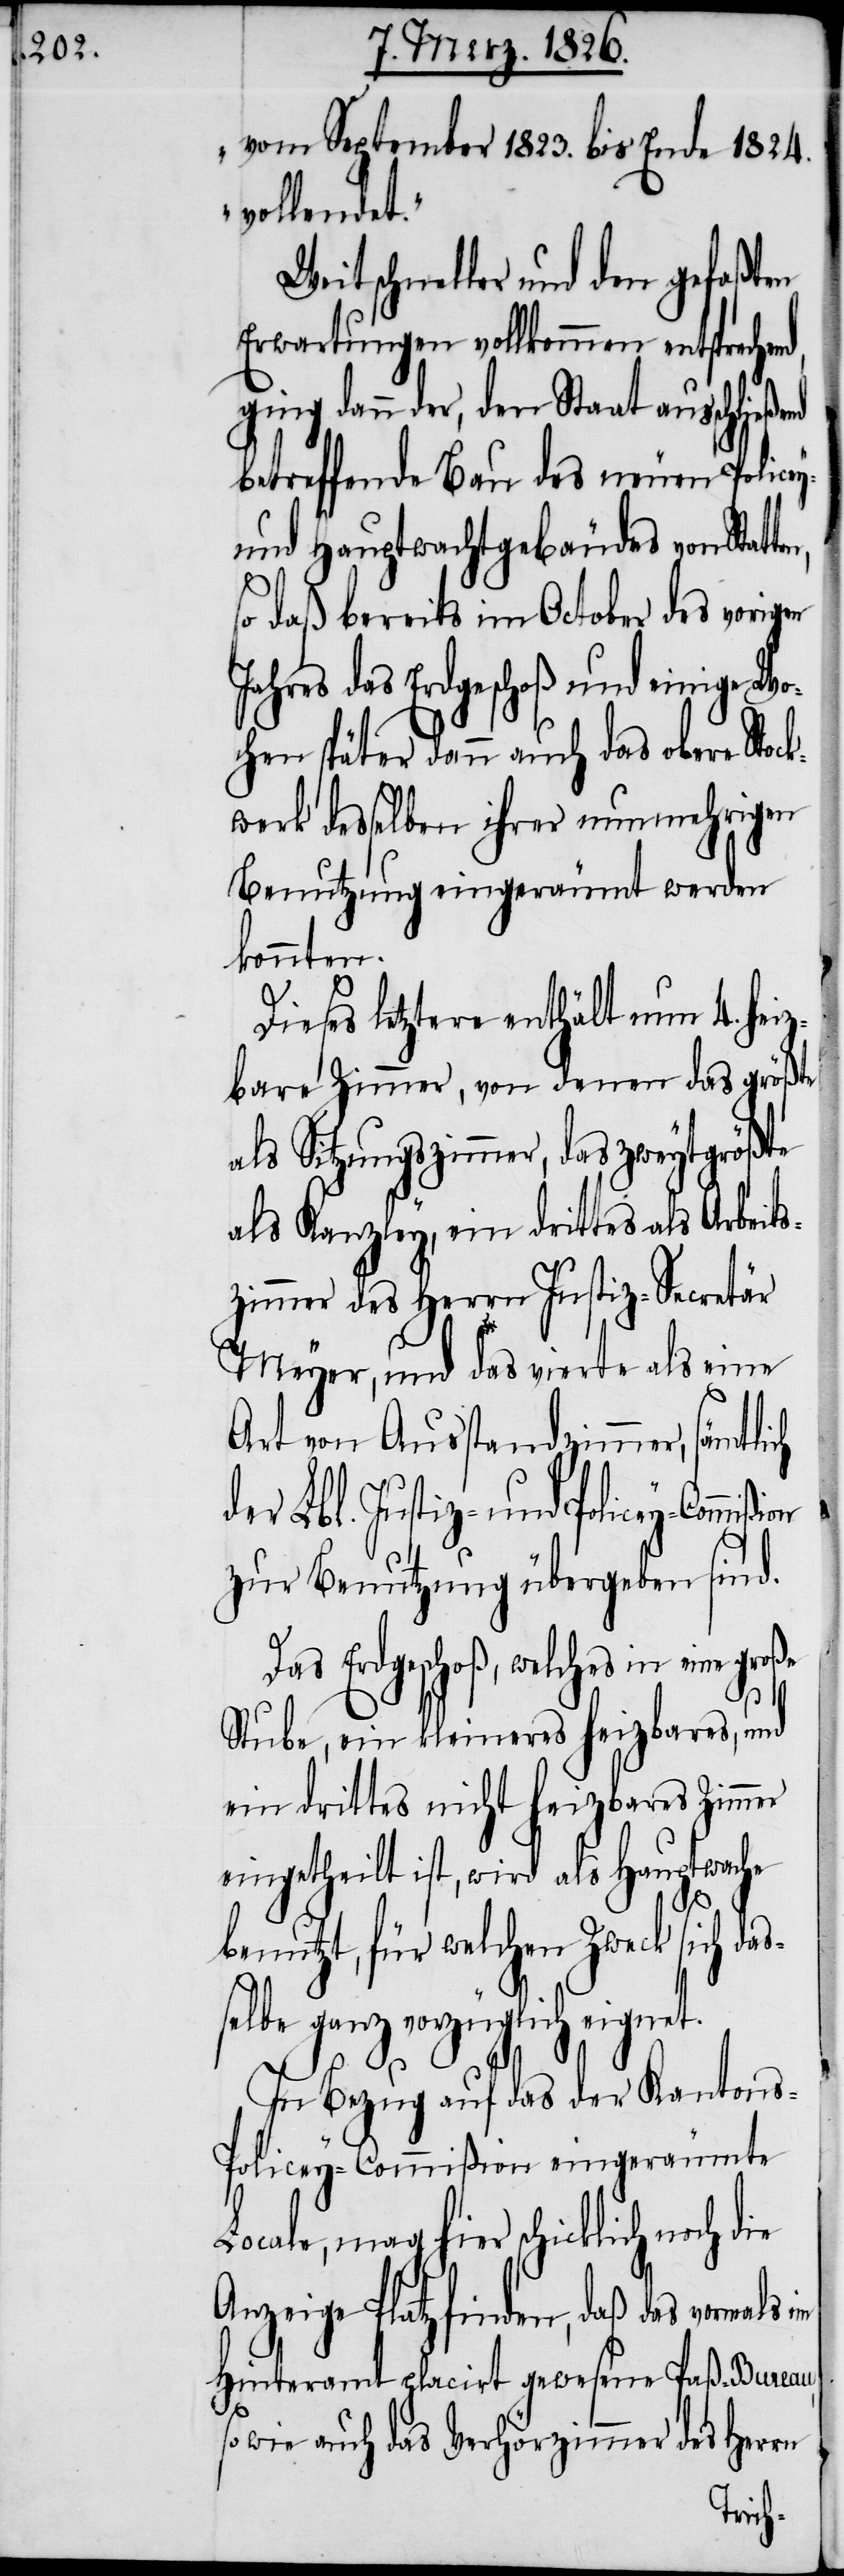
J¬

vom September 1823. bis Ende 1824.
vollendet.“
Weit schneller und den gefaßten
Erwartungen vollkommen entspreche¬
ging dann der, den Staat ausschließe¬
betreffende Bau des neuen Policey-
und Hauptwachtgebäudes von Stat¬
so daß bereits im October des vorigen
ahres das Erdgeschoß und einige W¬
ochen später dann auch das obere Stock¬
werk desselben ihrer nunmehrigen
Benutzung eingeräumt werden
konnten.
Dieses letztere enthält nun 4. heiz¬
bare Zimmer, von denen das größte
als Sitzungszimmer, das zweytgrößte
als Kanzley, ein drittes als Arbeits¬
zimmer des Herrn Justiz-Secretär
Meyer, und das vierte als eine
Art von Ausstandzimmer, sämtlich
der Lbl. Justiz- und Policey-Comm¬
zur Benutzung übergeben sind.
mag hier schicklich noch
Stube, ein kleineres heizbares und
ein drittes nicht heizbares Zimmer
eingetheilt ist, wird als Hauptwache
benutzt, für welchen Zweck sich das¬
selbe ganz vorzüglich eignet.
In Bezug auf das der Kanton¬
s-Policey-Commißion eingeräumte
Anzeige Platz finden, daß das vormals im
Hinteramt placirt gewesene Paß-Bureau,
so wie auch das Verhörzimmer des Herrn
ißion